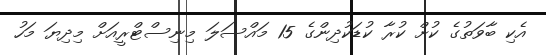
އެކި ބާވަތުގެ ކުށް ކުރާ ކުޑަކުދިންގެ 15 މައްސަލަ މިނިސްޓްރީއަށް މިދިޔަ މަހު